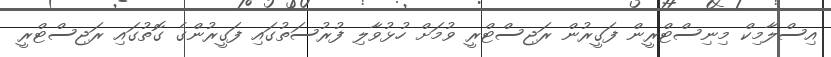
އިސްލާމިކް މިނިސްޓްރީން ފަގީރުން ރަޖިސްޓްރީ ވުމަށް ހުޅުވާލި ފުރުސަތުގައި ފަގީރުންގެ ގޮތުގައި ރަޖިސްޓްރީ